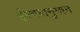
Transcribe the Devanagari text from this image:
ईश्वरानुमान